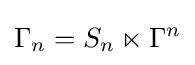
\Gamma _{n}=S_{n}\ltimes \Gamma ^{n}